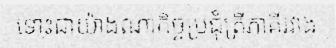
ទោះជាយ៉ាងណាកិច្ចប្រជុំត្រីភាគីរវាង